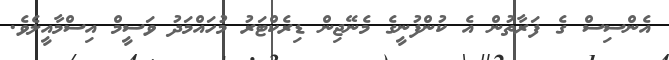
އެންސިސް ގެ ފަރާތުން އެ ކުންފުނީގެ މެނޭޖިން ޑިރެކްޓަރު މުހައްމަދު ވަސީމް އިސްމާއީލެވެ.